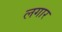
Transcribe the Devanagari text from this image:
लगार